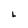
Character: L